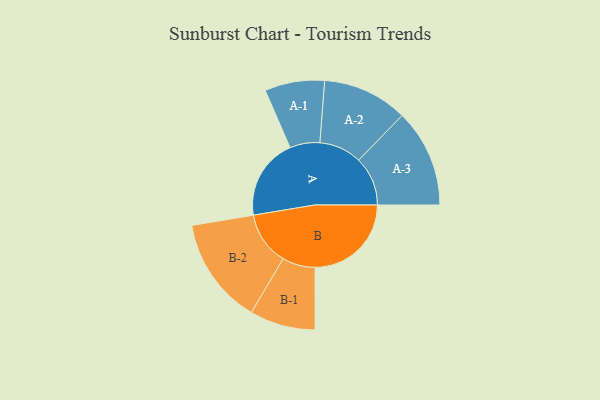
{"axis": {"x": "Segment", "y": "Value"}, "legend": ["", "A", "B"], "data": [{"x": "A", "y": 416, "type": ""}, {"x": "B", "y": 493, "type": ""}, {"x": "A-1", "y": 153, "type": "A"}, {"x": "A-2", "y": 218, "type": "A"}, {"x": "A-3", "y": 251, "type": "A"}, {"x": "B-1", "y": 168, "type": "B"}, {"x": "B-2", "y": 274, "type": "B"}]}